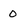
Character: 0